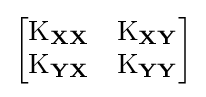
{\begin{bmatrix}\operatorname {K} _{\mathbf {X} \mathbf {X} }&\operatorname {K} _{\mathbf {X} \mathbf {Y} }\\\operatorname {K} _{\mathbf {Y} \mathbf {X} }&\operatorname {K} _{\mathbf {Y} \mathbf {Y} }\end{bmatrix}}